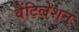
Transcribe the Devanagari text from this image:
वैंटिलेशन